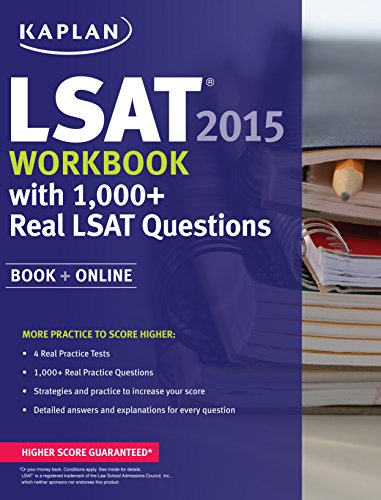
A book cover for Kaplan LSAT Workbook 2015 with 1,000+ Real LSAT Questions: Book + Online (Kaplan Test Prep); Kaplan; Test Preparation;